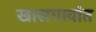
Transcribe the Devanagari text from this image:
खासगावांत